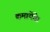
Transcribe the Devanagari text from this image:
कमायेंगे।